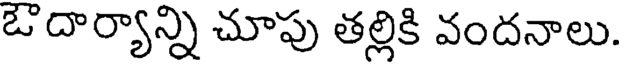
ఔదార్యాన్ని చూపు తల్లికి వందనాలు.